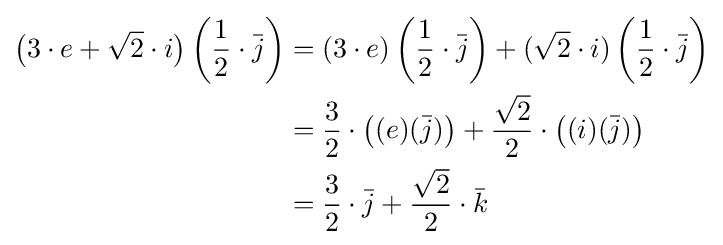
{\begin{aligned}{\big (}3\cdot e+{\sqrt {2}}\cdot i{\big )}\left({\frac {1}{2}}\cdot {\bar {j}}\right)&=(3\cdot e)\left({\frac {1}{2}}\cdot {\bar {j}}\right)+({\sqrt {2}}\cdot i)\left({\frac {1}{2}}\cdot {\bar {j}}\right)\\&={\frac {3}{2}}\cdot {\big (}(e)({\bar {j}}){\big )}+{\frac {\sqrt {2}}{2}}\cdot {\big (}(i)({\bar {j}}){\big )}\\&={\frac {3}{2}}\cdot {\bar {j}}+{\frac {\sqrt {2}}{2}}\cdot {\bar {k}}\end{aligned}}